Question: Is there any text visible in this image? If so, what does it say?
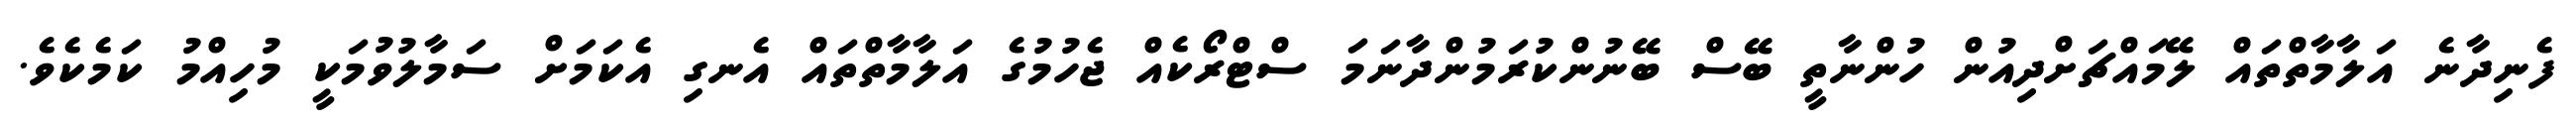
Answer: ފެނިދާނެ އަލާމާތްތައް ލޭމައްޗަށްދިއުން ހުންނާތީ ބޭސް ބޭނުންކުރަމުންދާނަމަ ސްޓްރޯކެއް ޖެހުމުގެ އަލާމާތްތައް އެނގި އެކަމަށް ސަމާލުވުމަކީ މުހިއްމު ކަމެކެވެ.